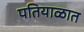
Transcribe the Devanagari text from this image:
पतियाळात